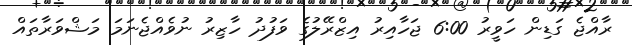
ރާއްޖެ ގަޑިން ހަވީރު 6:00 ޖަހާއިރު އިޒްރޭލުގެ ވަފުދު ހާޒިރު ނުވެއްޖެނަމަ މަޝްވަރާތައް